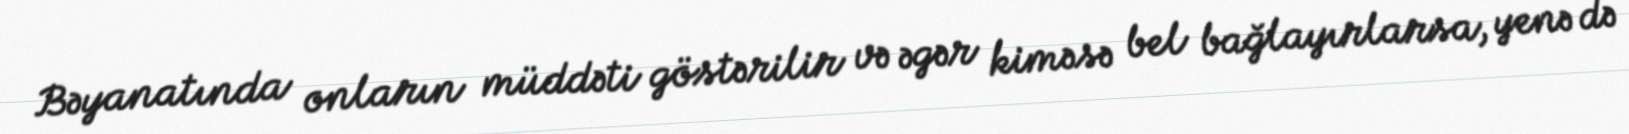
Bəyanatında onların müddəti göstərilir və əgər kiməsə bel bağlayırlarsa, yenə də